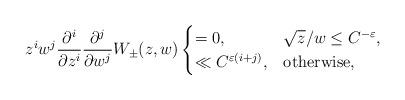
LaTeX: \begin{align*}z^i w^j\frac{\partial^i}{\partial z^i}\frac{\partial^j}{\partial w^j}W_\pm(z,w)\begin{cases}=0, & \sqrt{z}/w\leq C^{-\varepsilon}, \\\ll C^{\varepsilon(i+j)}, & \mathrm{otherwise},\\\end{cases}\end{align*}